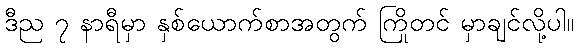
ဒီည ၇ နာရီမှာ နှစ်ယောက်စာအတွက် ကြိုတင် မှာချင်လို့ပါ။